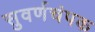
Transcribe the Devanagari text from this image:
सुवर्णचंपक